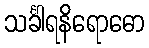
သင်္ခါရနိရောဓော